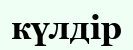
күлдір